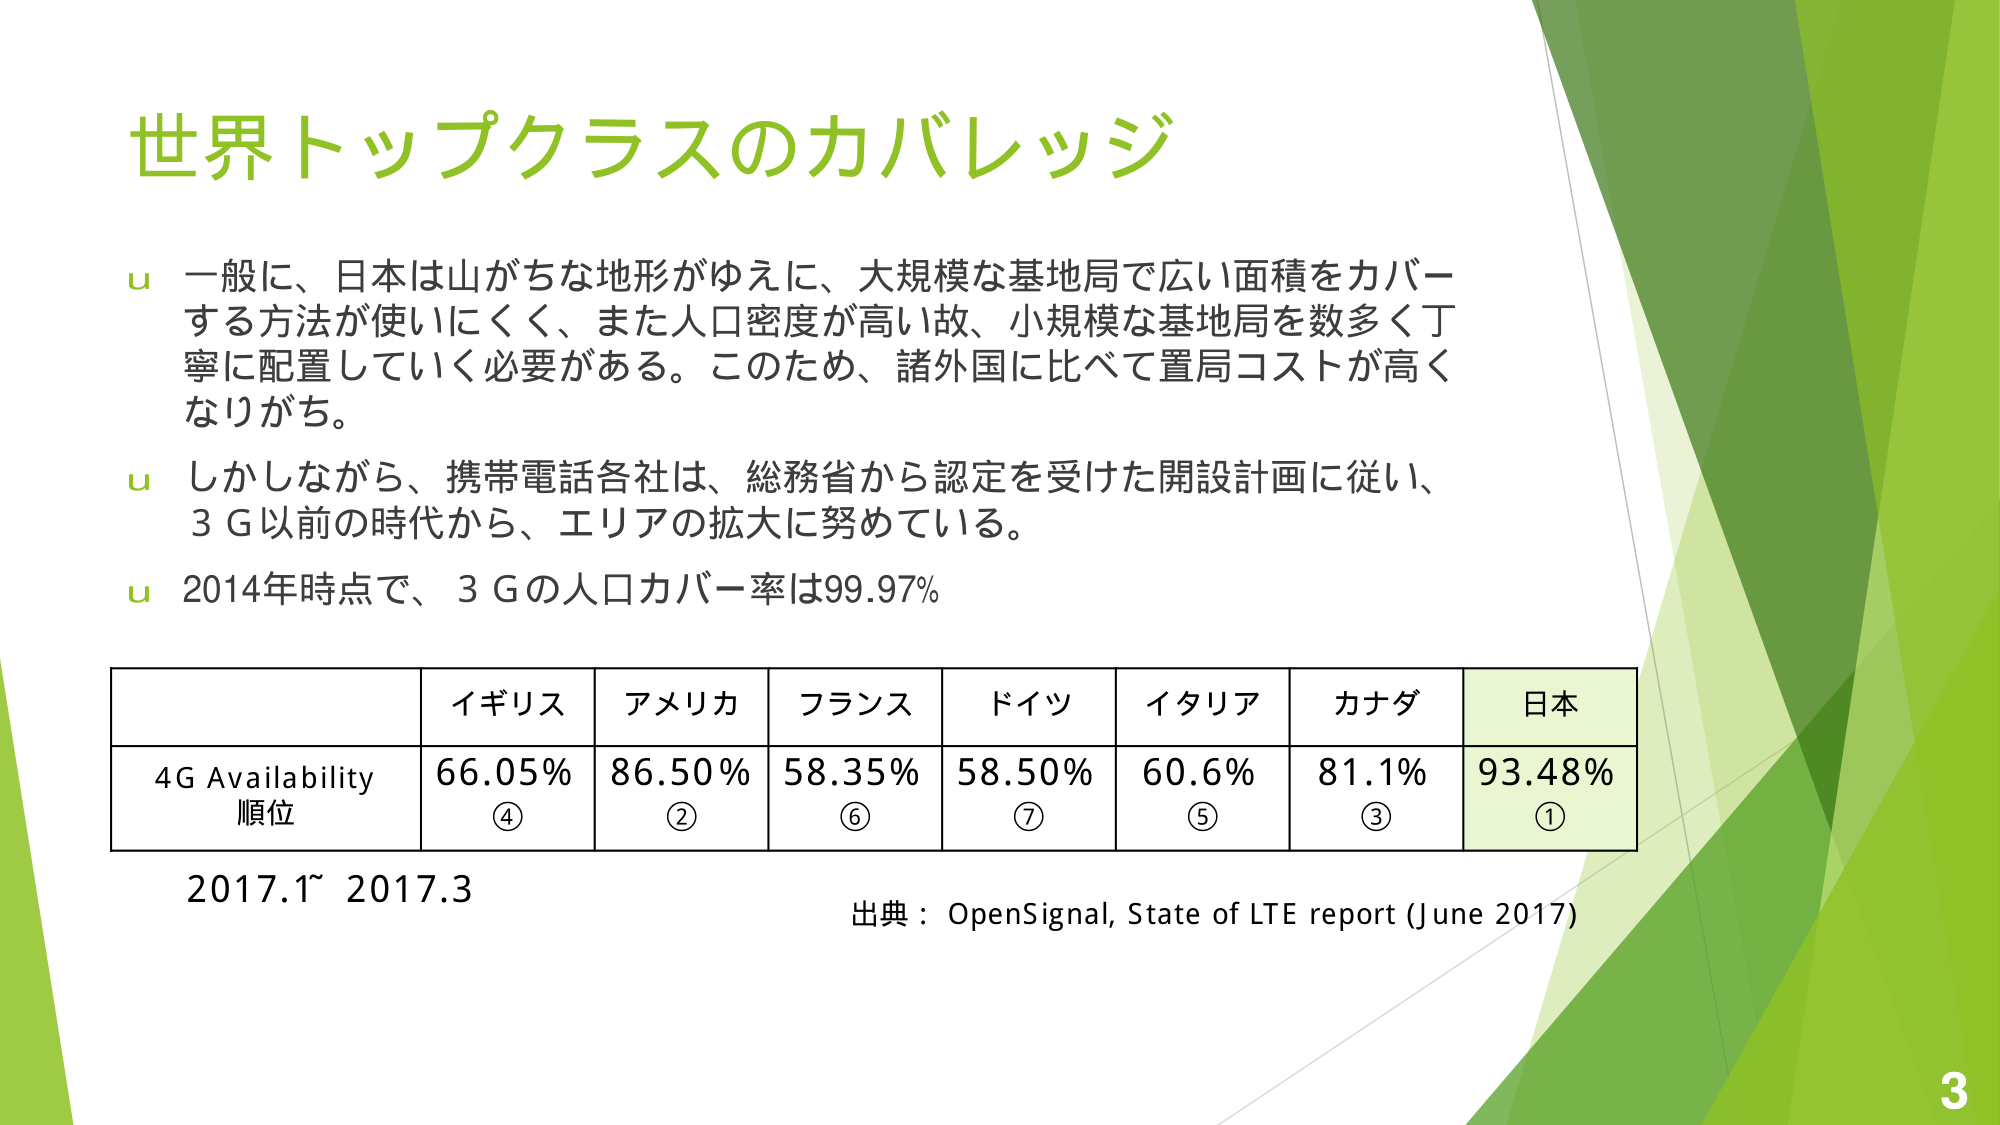
世界トップクラスのカバレッジ

一般に、日本は山がちな地形がゆえに、大規模な基地局で広い面積をカバーする方法が使いにくく、また人口密度が高い故、小規模な基地局を数多く丁寧に配置していく必要がある。このため、諸外国に比べて置局コストが高くなりがち。

しかしながら、携帯電話各社は、総務省から認定を受けた開設計画に従い、3 G以前の時代から、エリアの拡大に努めている。

2014年時点で、3 Gの人口カバー率は99.97%

イギリス アメリカ フランス ドイツ イタリア カナダ 日本
4G Availability 順位 66.05% ④ 86.50% ② 58.35% ⑥ 58.50% ⑦ 60.6% ⑤ 81.1% ③ 93.48% ①

2017.1～2017.3

出典：OpenSignal, State of LTE report (June 2017)

3